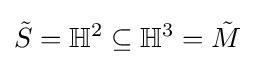
{\tilde {S}}=\mathbb {H} ^{2}\subseteq \mathbb {H} ^{3}={\tilde {M}}